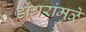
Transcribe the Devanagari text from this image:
डोंगरांमुळे